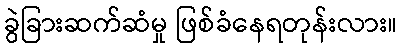
ခွဲခြားဆက်ဆံမှု ဖြစ်ခံနေရတုန်းလား။